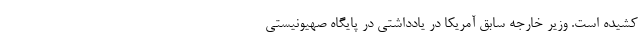
کشیده است. وزیر خارجه سابق آمریکا در یادداشتی در پایگاه صهیونیستی